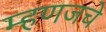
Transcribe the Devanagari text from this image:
म्हणजचे